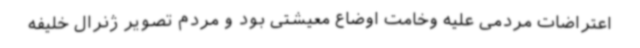
اعتراضات مردمی علیه وخامت اوضاع معیشتی بود و مردم تصویر ژنرال خلیفه